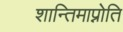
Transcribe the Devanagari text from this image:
शान्तिमाप्नोति